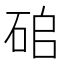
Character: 𥑵